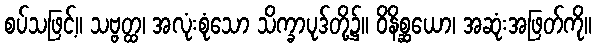
စပ်သဖြင့်။ သဗ္ဗတ္ထ၊ အလုံးစုံသော သိက္ခာပုဒ်တို့၌။ ဝိနိစ္ဆယော၊ အဆုံးအဖြတ်ကို။